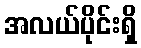
အလယ်ပိုင်းရှိ